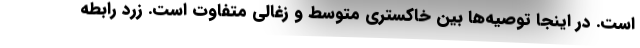
است. در اینجا توصیه‌ها بین خاکستری متوسط و زغالی متفاوت است. زرد رابطه